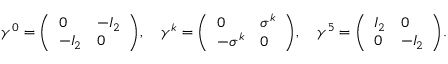
\gamma ^ { 0 } = { \left( \begin{array} { l l } { 0 } & { - I _ { 2 } } \\ { - I _ { 2 } } & { 0 } \end{array} \right) } , \quad \gamma ^ { k } = { \left( \begin{array} { l l } { 0 } & { \sigma ^ { k } } \\ { - \sigma ^ { k } } & { 0 } \end{array} \right) } , \quad \gamma ^ { 5 } = { \left( \begin{array} { l l } { I _ { 2 } } & { 0 } \\ { 0 } & { - I _ { 2 } } \end{array} \right) } .